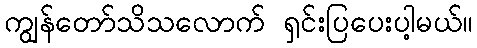
ကျွန်တော်သိသလောက် ရှင်းပြပေးပါ့မယ်။